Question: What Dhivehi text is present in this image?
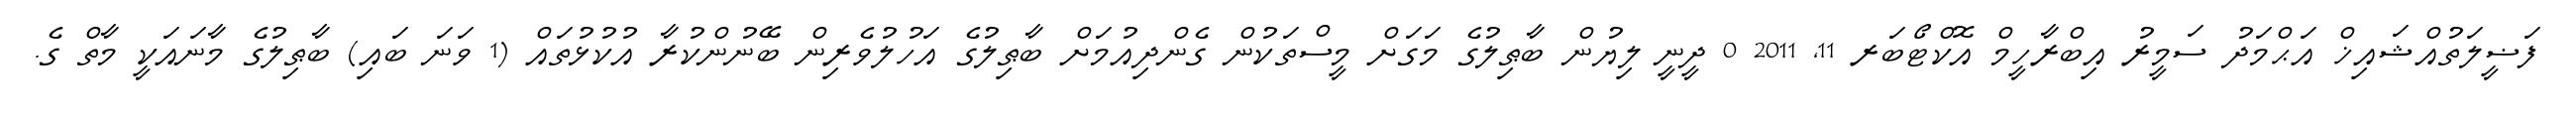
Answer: ފަޟީލަތުއްޝައިޚް އަޙްމަދު ސަމީރު އިބްރާހީމް އޮކްޓޯބަރ 11, 2011 0 ދީނީ ލިޔުން ބާޠިލުގެ މަގަށް މީސްތަކުން ގެންދިއުމަށް ބާޠިލުގެ އަހުލުވެރިން ބޭނުންކުރާ އުކުޅުތައް (1 ވަނަ ބައި) ބާޠިލުގެ މާނައަކީ މާތް ގެ.